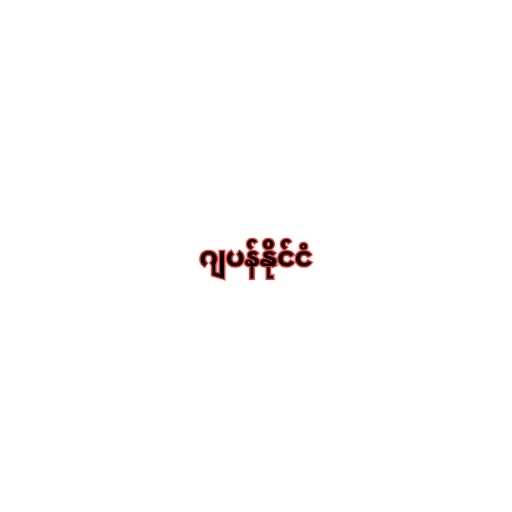
ဂျပန်နိုင်ငံ